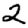
Digit: 2